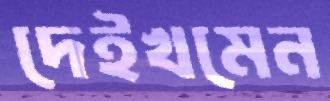
দেইখমেন